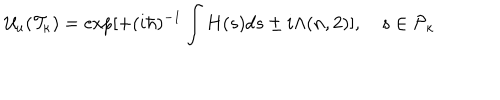
LaTeX: { \cal U } _ { u } ( { \cal T } _ { \kappa } ) = \exp [ + ( i \hbar ) ^ { - 1 } \int H ( s ) d s \pm i \Lambda ( n , 2 ) ] , \quad s \in { \cal P } _ { \kappa }